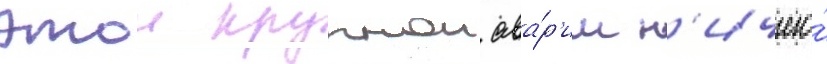
этои крупнои ава́р'ии н'ичего́